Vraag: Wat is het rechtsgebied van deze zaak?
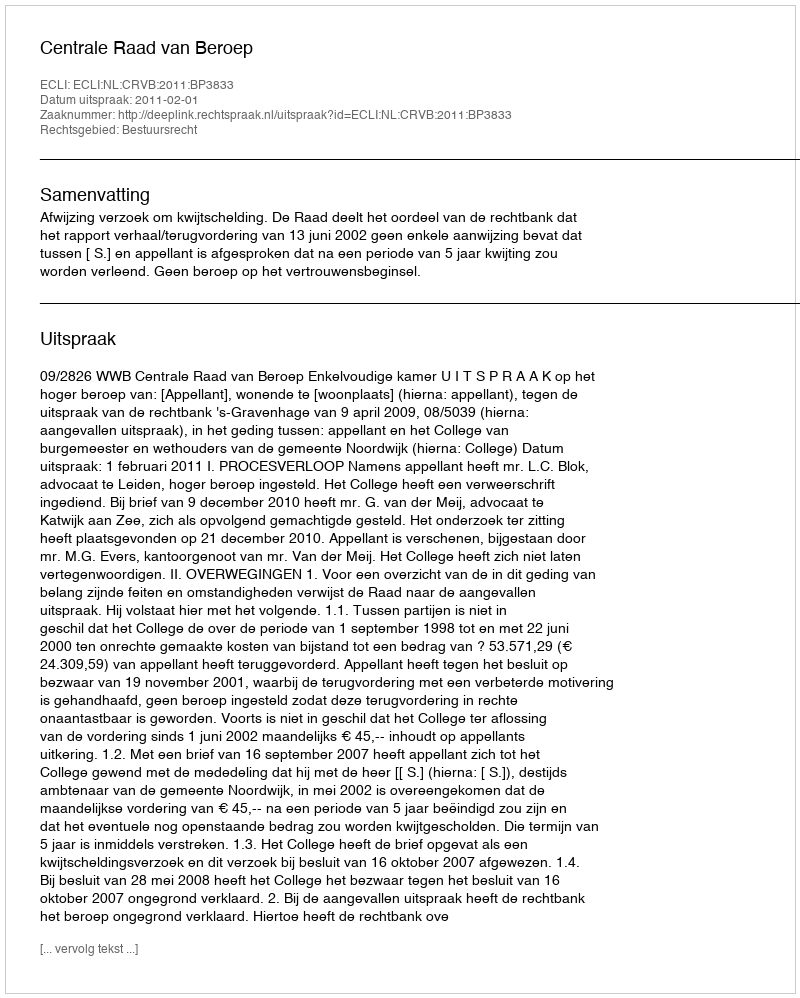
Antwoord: Bestuursrecht